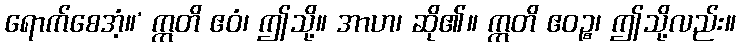
ရောက်စေအံ့။’ ဣတိ ဧဝံ၊ ဤသို့။ အာဟ၊ ဆို၏။ ဣတိ ဧဝဉ္စ၊ ဤသို့လည်း။